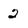
Character: 2